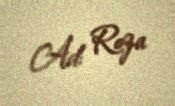
Ad: Roza